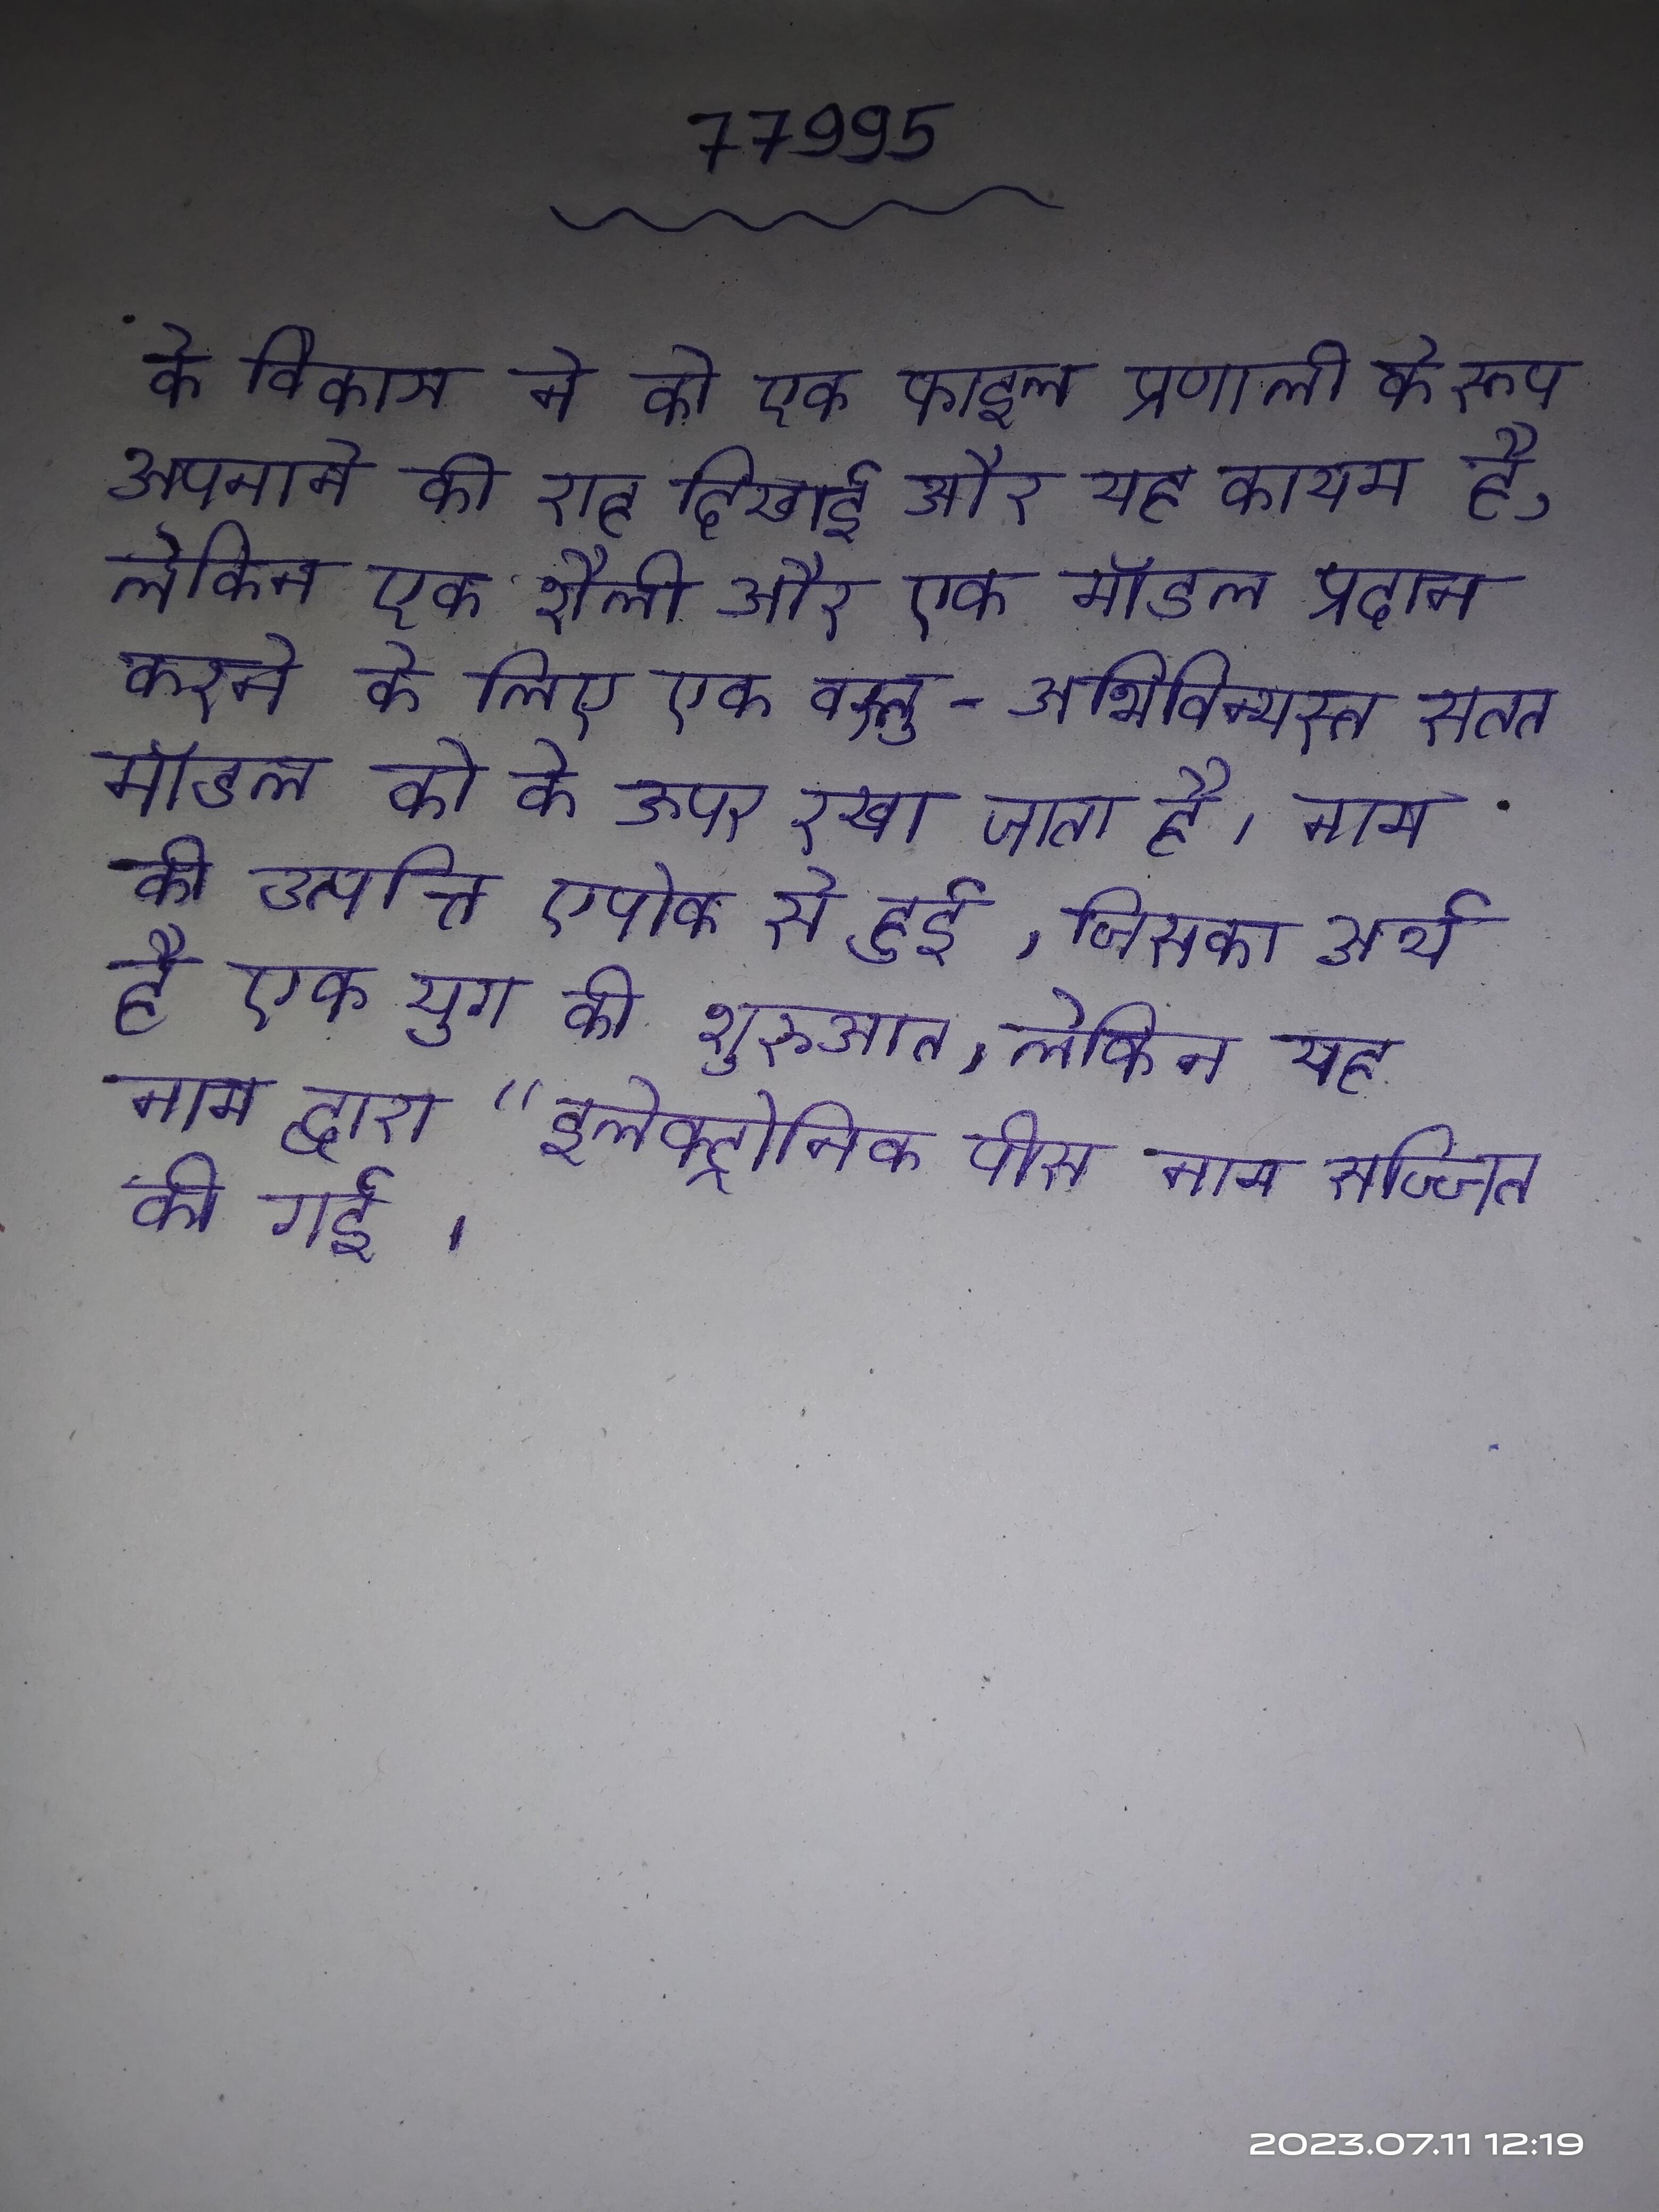
के विकास ने को एक फाइल प्रणाली के रूप अपनाने की राह दिखाई और यह कायम है, लेकिन एक शैली और एक मॉडल प्रदान करने के लिए एक वस्तु-अभिविन्यस्त सतत मॉडल को के ऊपर रखा जाता है । नाम की उत्पत्ति एपोक से हुई, जिसका अर्थ है एक युग की शुरुआत, लेकिन यह नाम द्वारा "इलेक्ट्रोनिक पीस नाम सज्जित की गई ।